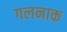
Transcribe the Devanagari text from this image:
गलनाक